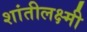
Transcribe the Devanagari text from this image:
शांतीलक्ष्मी